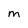
Character: M